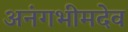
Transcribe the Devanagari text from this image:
अनंगभीमदेव